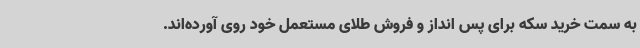
به سمت خرید سکه برای پس انداز و فروش طلای مستعمل خود روی آورده‌اند.